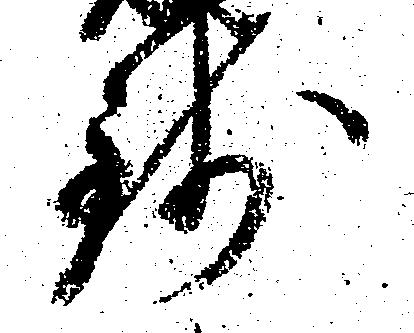
銭